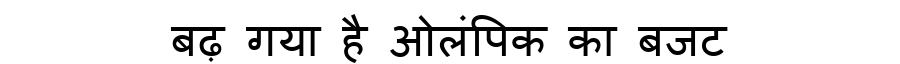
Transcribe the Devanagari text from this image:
बढ़ गया है ओलंपिक का बजट